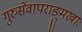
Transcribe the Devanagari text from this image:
गुरुसेवापराङ्मुखाः